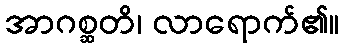
အာဂစ္ဆတိ၊ လာရောက်၏။